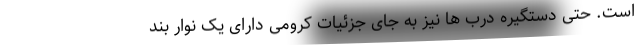
است. حتی دستگیره درب ها نیز به جای جزئیات کرومی دارای یک نوار بند